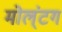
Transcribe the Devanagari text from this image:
मोल्‌ंटग